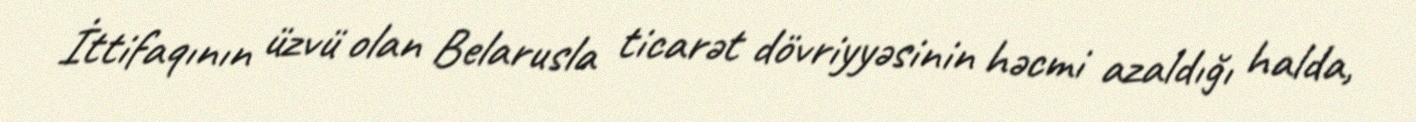
İttifaqının üzvü olan Belarusla ticarət dövriyyəsinin həcmi azaldığı halda,